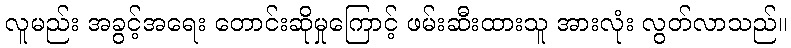
လူမည်း အခွင့်အရေး တောင်းဆိုမှုကြောင့် ဖမ်းဆီးထားသူ အားလုံး လွတ်လာသည်။